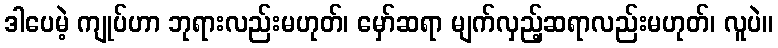
ဒါပေမဲ့ ကျုပ်ဟာ ဘုရားလည်းမဟုတ်၊ မှော်ဆရာ မျက်လှည့်ဆရာလည်းမဟုတ်၊ လူပဲ။